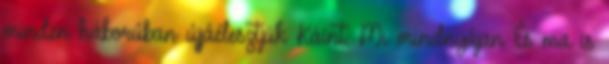
minden háborúban újjáélesztjük Káint. Mi mindnyájan És ma is